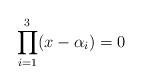
LaTeX: \begin{align*}\prod^3_{i=1} (x-\alpha_i) = 0\end{align*}